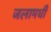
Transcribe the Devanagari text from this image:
जलामधीं